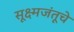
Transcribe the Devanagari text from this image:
सूक्ष्मजंतूचे